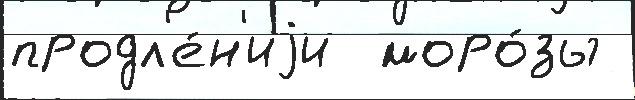
продл'е́н'иjи  моро́зы